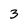
Character: 3